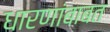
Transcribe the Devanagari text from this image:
धारणांबाबत